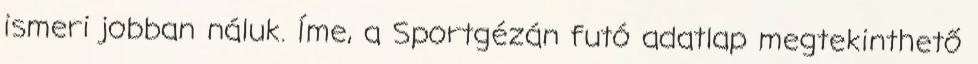
ismeri jobban náluk. Íme, a Sportgézán futó adatlap megtekinthető